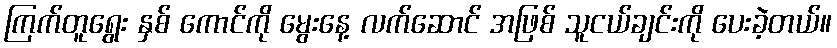
ကြက်တူရွေး နှစ် ကောင်ကို မွေးနေ့ လက်ဆောင် အဖြစ် သူငယ်ချင်းကို ပေးခဲ့တယ်။